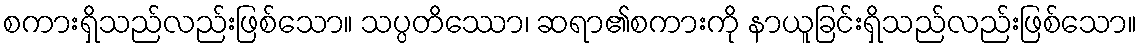
စကားရှိသည်လည်းဖြစ်သော။ သပ္ပတိဿော၊ ဆရာ၏စကားကို နာယူခြင်းရှိသည်လည်းဖြစ်သော။